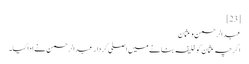
[23]
عبدالرحمن و عثمان
اگرچہ عثمان کو خلیفہ بنانے میں اصلی کردار عبدالرحمن نے ادا کیا۔